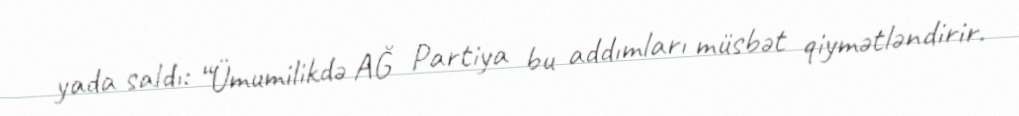
yada saldı: “Ümumilikdə AĞ Partiya bu addımları müsbət qiymətləndirir.